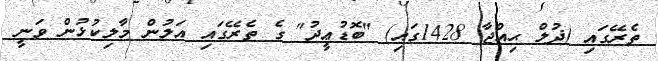
ތެރޭގައި (ޛުލް ޙިއްޖާ 1428ގައި) "ބޮޑުޢީދު" ގެ ތެރޭގައި އަލުން މާލިކުޅުން ވަނީ